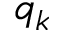
q _ { k }